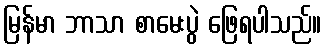
မြန်မာ ဘာသာ စာမေးပွဲ ဖြေရပါသည်။